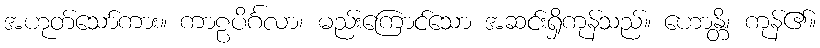
အဟုတ်သော်ကား။ ကာဠပိင်္ဂလာ၊ မည်းကြောင်သော အဆင်းရှိကုန်သည်။ ဟောန္တိ၊ ကုန်၏။